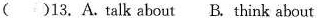
()13.A.talk about B.think about